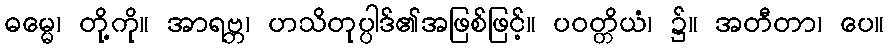
ဓမ္မေ၊ တို့ကို။ အာရဗ္ဘ၊ ဟသိတုပ္ပါဒ်၏အဖြစ်ဖြင့်။ ပဝတ္တိယံ၊ ၌။ အတီတာ၊ ပေ။